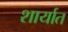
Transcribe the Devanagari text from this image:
शार्यात